Eesti_Vabariigi_Tartu_Ulikool, lk 88
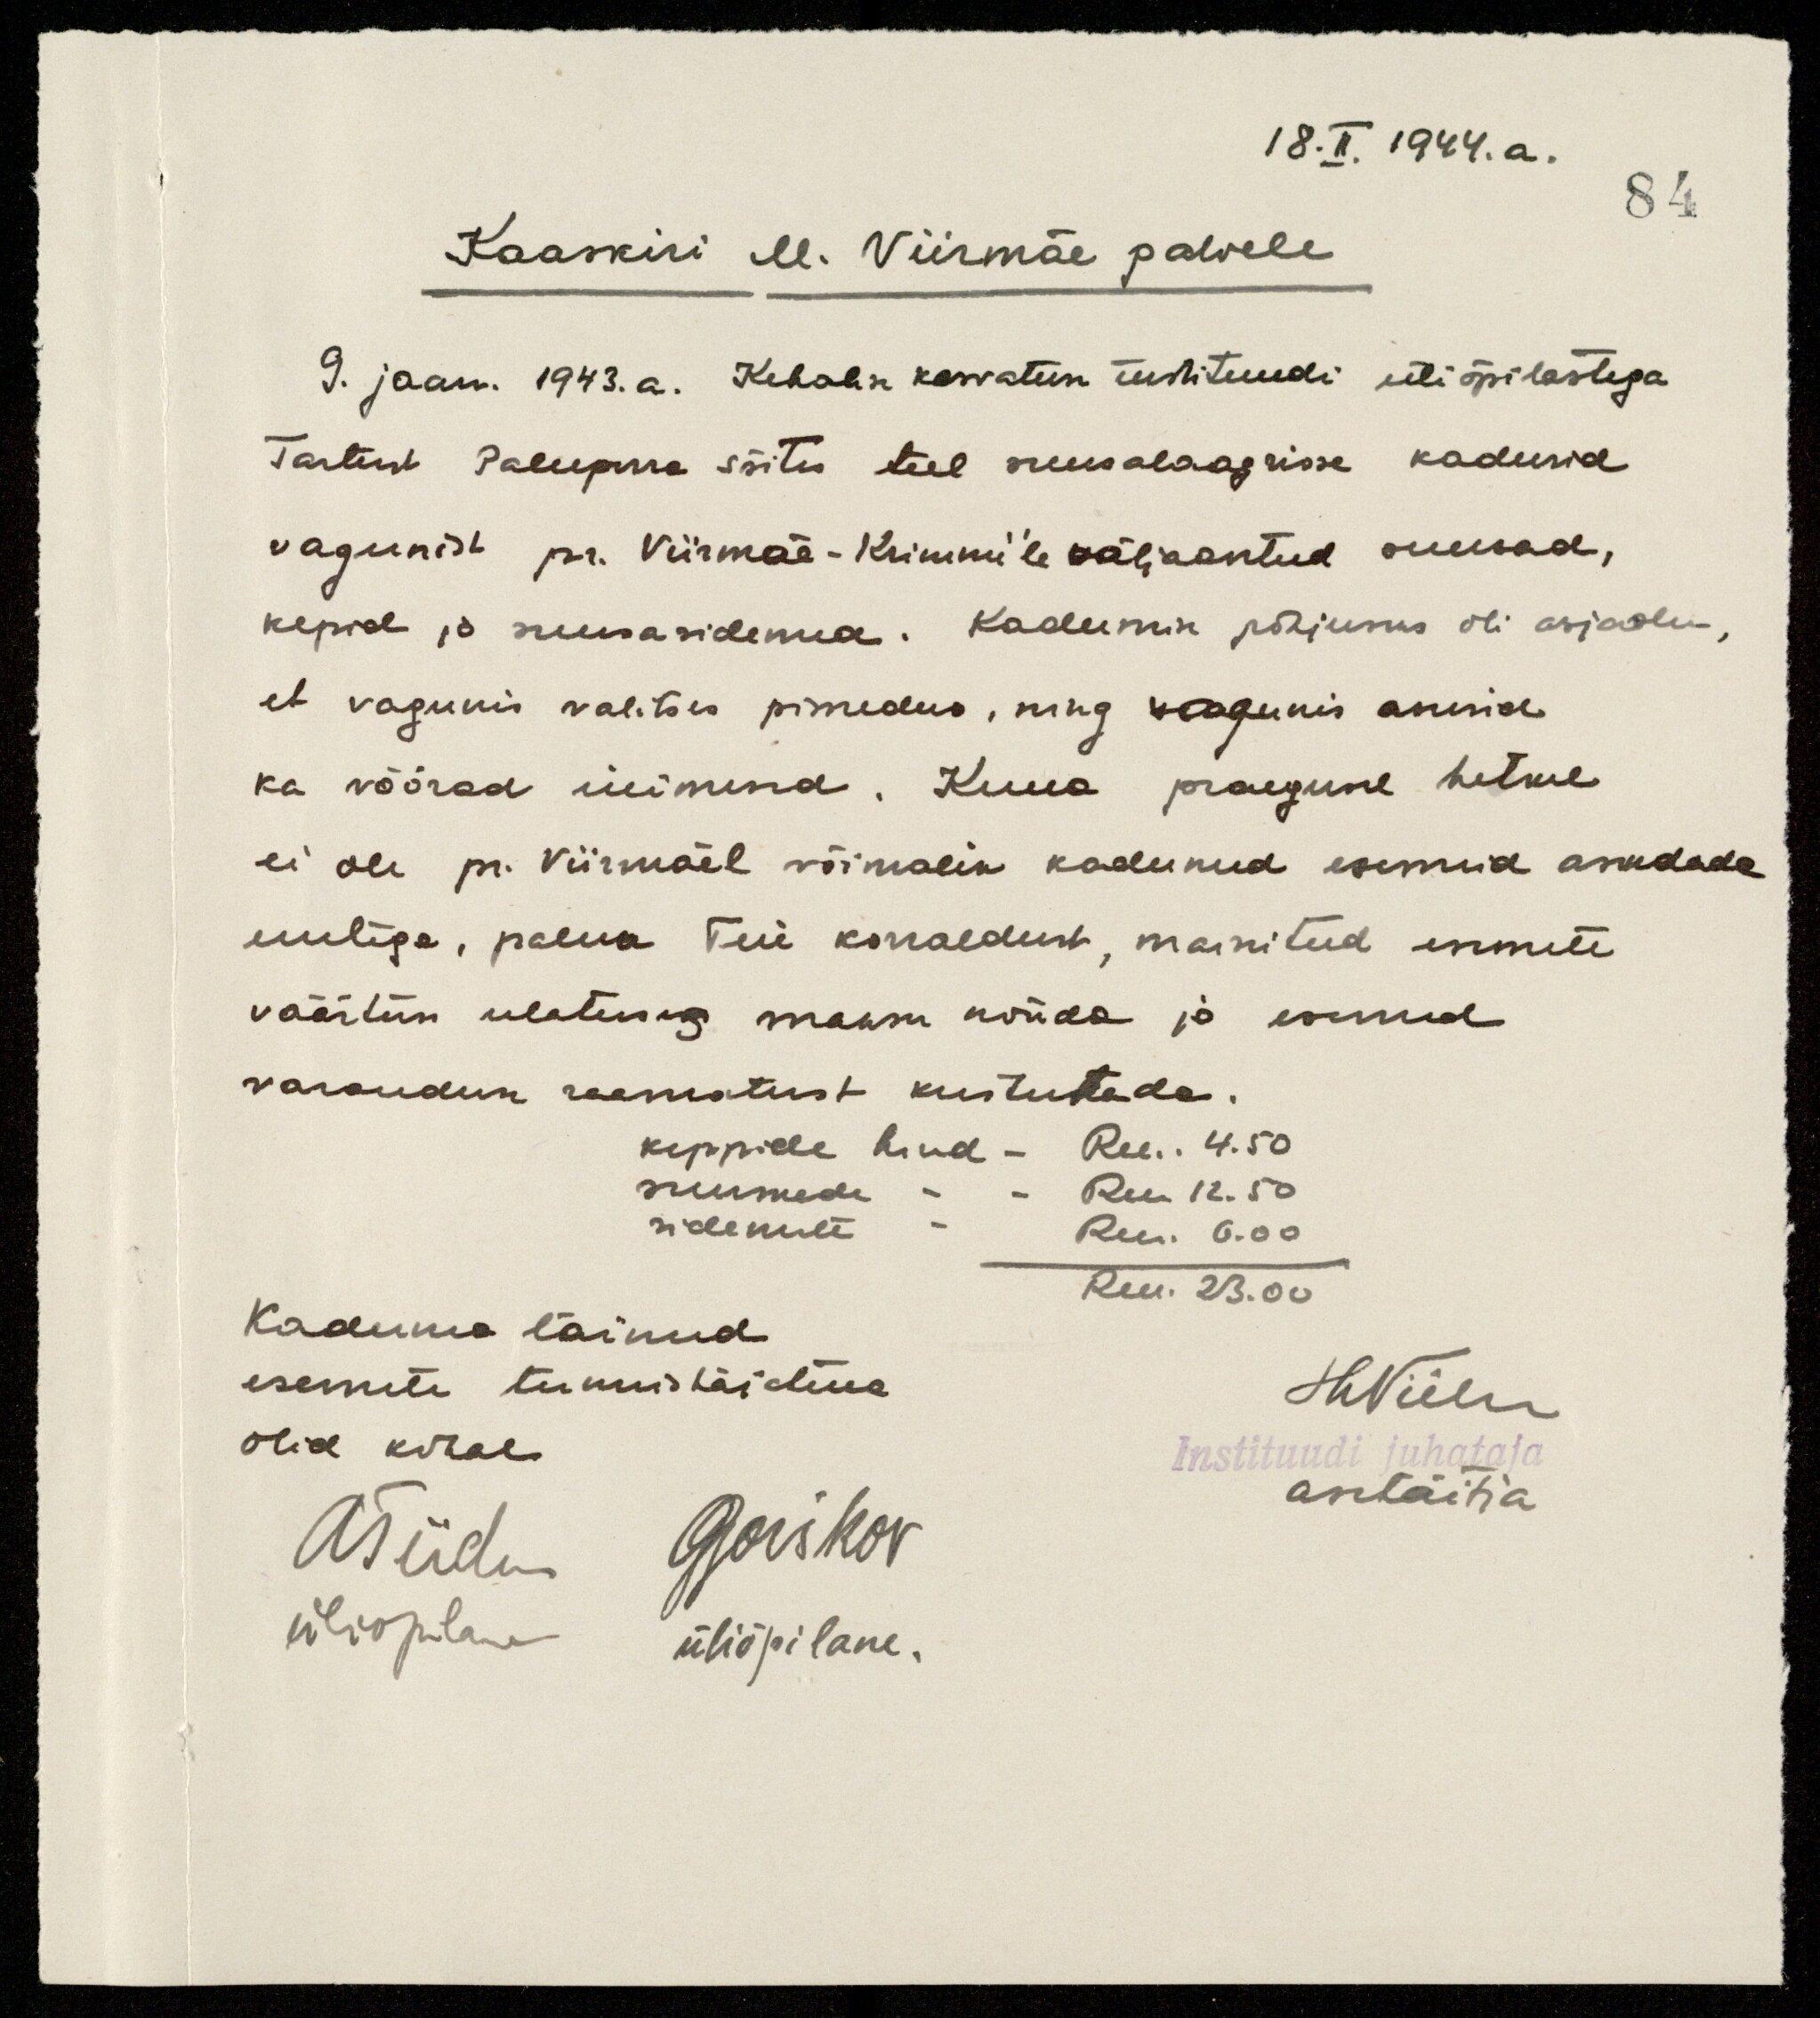
84
18. II.1944. a.
Kaaskiri M. Viirmäe palvele
9. jaan. 1943. a. Kehalise kasvatuse instituudi üliõpilastega
Tartust Paluperra sõitis teel suusalaagrisse kadusid
vagunist pr. Viirmäe-Krimmi'le väljaantud suusad,
kepid ja suusasidemed. Kadumise põhjuseks oli asjaolu,
et vagunis valitses pimedus, ning vagunis asusid
ka võõrad inimesed. Kuna praegusel hetkel
ei ole pr. Viirmäel võimalik kadunud esemeid asendada
uutega, palun Teie korraldust, mainitud esemete
väärtuse ulatusega maksu nõuda ja esemed
varanduse raamatust kustutada.
keppide hind - Rm. 4.50
suuskade   -  -  Rm. 12.50
sidemete    -     Rm. 6.00
Rm. 23.00
Kaduma läinud
esemete tunnistajatena
olid kohal.
JHViilen
Instituudi juhataja
asetäitja
ATiidus         G.Gorškov
üliõpilane    üliõpilane.